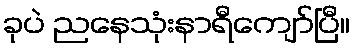
ခုပဲ ညနေသုံးနာရီကျော်ပြီ။